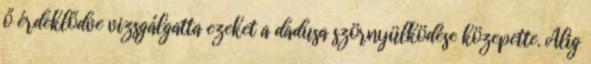
ő érdeklődve vizsgálgatta ezeket a dadusa szörnyülködése közepette. Alig